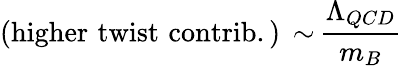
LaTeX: \mathrm{(higher\, \, twist\, \, contrib.)\, \sim\, }\frac{\Lambda_{QCD}}{m_{B}}